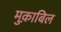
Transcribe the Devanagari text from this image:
मुक़ाबिल